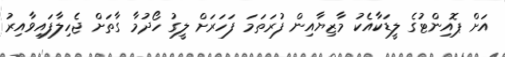
އަށް ޕޮއިންޓުގެ ލީޑަކާއެކު މާޒިޔާއިން ފުރަތަމަ ފަހަރަށް ލީގު ހޯދުމާ ގާތަށް ޖެހިލާފައިވާއިރު